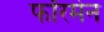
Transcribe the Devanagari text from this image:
फॉरमेन